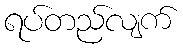
ရပ်တည်လျက်